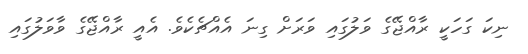
ނިކަ ގަހަކީ ރާއްޖޭގެ ވަލުގައި ވަރަށް ގިނަ އެއްޗެކެވެ. އެއީ ރާއްޖޭގެ ވާވަލުގައި